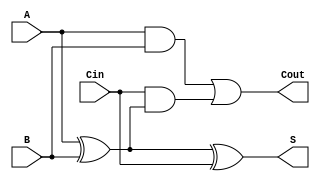
module full_adder (
    input wire A,      // First significant bit
    input wire B,      // Second significant bit
    input wire Cin,    // Carry-in bit
    output wire S,     // Sum output
    output wire Cout   // Carry-out output
);

// Intermediate signal for the first XOR operation
wire X;

// Compute the sum using XOR gates
assign X = A ^ B;      // First XOR gate
assign S = X ^ Cin;    // Second XOR gate for final sum

// Compute the carry-out using AND and OR gates
assign Cout = (A & B) | (Cin & X); // Carry-out logic

endmodule